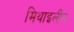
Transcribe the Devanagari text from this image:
मिथाइलीन